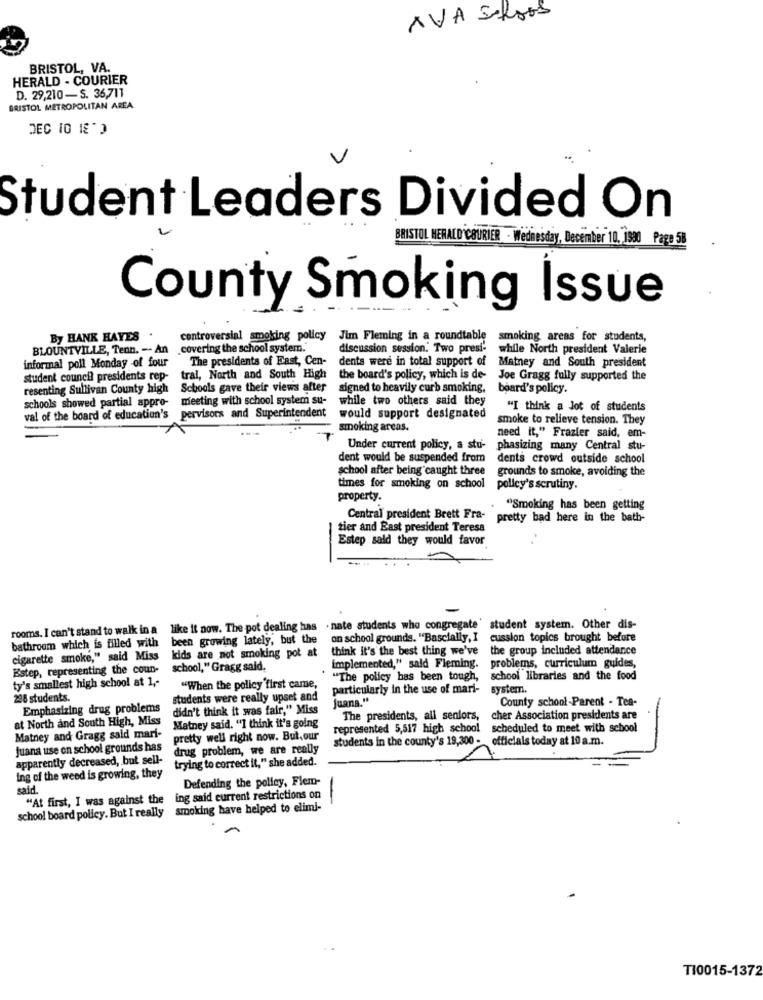
AVA Selges
BRISTOL, VA.
HERALD - COURIER
D. 29,210-S. 36,711
BRISTOL METROPOLITAN AREA
Student Leaders Divided On
BRISTOL MERALD'COURIER - Wednesday, December 10, 1980 Page 58
County Smoking Issue
By HANK HAYES
controversial smoking policy
Jim Fleming in a roundtable
smoking areas for students,
BLOUNTVILLE, Tenn. -- An
.covering the school system.
discussion session. Two presi- while North president Valerie
The presidents of East, Cen-
dents were in total support of
informal poll Monday -of four
Matney and South president
student council presidents rep-
tral, North and South High
the board's policy, which is de- Joe Gragg fully supported the
resenting Sullivan County high
Schools gave their views after
signed to heavily curb smoking.
board's policy.
schools showed partial appro-
meeting with school system su-
while two others said they
pervisors and Superintendent
"I think a lot of students
val of the board of education's
would support designated
smoke to relieve tension. They
smoking areas.
need it," Frazier said, em-
Under current policy, a stu-
phasizing many Central stu-
dent would be suspended from
dents crowd outside school
school after being caught three
grounds to smoke, avoiding the
times for smoking on school
policy's scrutiny.
property.
"Smoking has been getting
Central president Brett Fra-
pretty bad here in the bath-
tier and East president Teresa
Estep said they would favor
-
rooms. I can't stand to walk in a
like it now. The pot dealing has . nate students who congregate' student system. Other dis-
been growing lately, but the
on school grounds. "Bascially, I
cussion topics brought before
bathroom which is filled with
think it's the best thing we've
the group included attendance
cigarette smoke," said Miss
kids are not smoking pot at
Estep, representing the coun-
school," Gragg said,
implemented," said Fleming.
problems, curriculum guides,
ty's smallest high school at 1 ,-
"The policy has been tough,
school libraries and the food
"When the policy'first came,
particularly in the use of mari-
system.
298 students.
students were really upset and
Juana."
County school -Parent - Tea-
Emphasizing drug problems
didn't think it was fair," Miss
at North and South High, Miss
The presidents, all seniors,
cher Association presidents are
Matney said. "I think it's going
represented 5,517 high school
scheduled to meet with school
Matney and Gragg said mari-
pretty well right now. But,our
students in the county's 19,300 - officials today at 10 a.m.
Juana use on school grounds has
drug problem, we are really
apparently decreased, but sell-
trying to correct it," she added.
ing of the weed is growing, they
Defending the policy, Flem-
said.
"At first, I was against the
ing said current restrictions on
school board policy. But I really
smoking have helped to elimi-
TI0015-1372